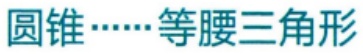
圆锥……等腰三角形